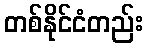
တစ်နိုင်ငံတည်း